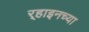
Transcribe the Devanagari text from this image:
र्‍हाइनच्या